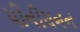
પીનીયનન